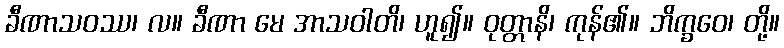
ခီဏာသဝဿ၊ လ။ ခီဏာ မေ အာသဝါတိ၊ ဟူ၍။ ဝုတ္တာနိ၊ ကုန်၏။ ဘိက္ခဝေ၊ တို့။